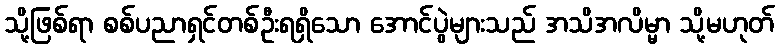
သို့ဖြစ်ရာ စစ်ပညာရှင်တစ်ဦးရရှိသော အောင်ပွဲများသည် အသိအလိမ္မာ သို့မဟုတ်